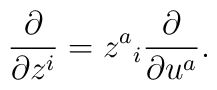
\frac{\partial}{\partial z^i} = z^a{}_i \frac{\partial}{\partial u^a}.